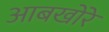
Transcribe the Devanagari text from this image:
आबखोरे